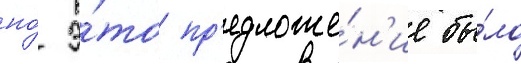
но́ э́то пр'едложе́н'ие бы́ло